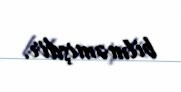
bilməmişdir.